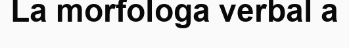
La morfologa verbal a